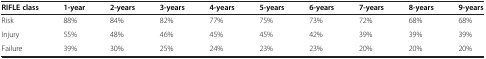
<table><thead><tr><td><b>RIFLE class</b></td><td><b>1-year</b></td><td><b>2-years</b></td><td><b>3-years</b></td><td><b>4-years</b></td><td><b>5-years</b></td><td><b>6-years</b></td><td><b>7-years</b></td><td><b>8-years</b></td><td><b>9-years</b></td></tr></thead><tbody><tr><td>Risk</td><td>88%</td><td>84%</td><td>82%</td><td>77%</td><td>75%</td><td>73%</td><td>72%</td><td>68%</td><td>68%</td></tr><tr><td>Injury</td><td>55%</td><td>48%</td><td>46%</td><td>45%</td><td>45%</td><td>42%</td><td>39%</td><td>39%</td><td>39%</td></tr><tr><td>Failure</td><td>39%</td><td>30%</td><td>25%</td><td>24%</td><td>23%</td><td>23%</td><td>20%</td><td>20%</td><td>20%</td></tr></tbody></table>